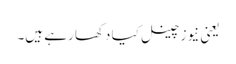
یعنی نیوز چینل کیا دکھا رہے ہیں۔